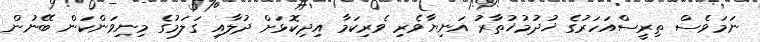
ނަމަވެސް ތިރީސްއަހަރުގެ ޚުދުމުޚުތާރު އަނިޔާވެރި ވެރިކަމާ އިދިކޮޅަށް ދުލާއި ގަލަމުގެ މިނިވަންކަން ބޭނުން